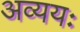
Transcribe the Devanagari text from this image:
अव्ययः